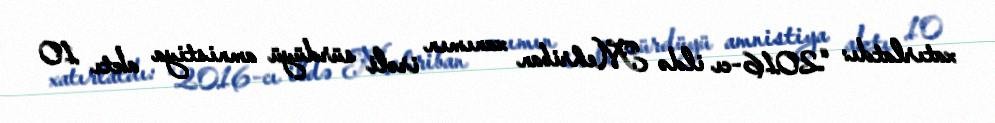
xatırlatdı: “2016-cı ildə Mehriban xanımın irəli sürdüyü amnistiya aktı 10